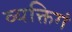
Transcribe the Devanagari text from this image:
व्यक्तिगं